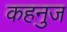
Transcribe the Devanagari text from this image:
कहनुज